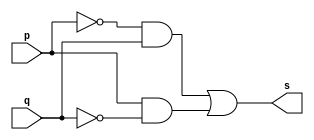
// ---------------------
// Exercicio 006 - xor
// Nome: Ailton Gomes
// ---------------------
// ---------------------
// -- xor gate
// ---------------------
module xorgate (output s,
input p,
input q);
assign s = ( (~ p ) & q )|( p & ( ~ q ) );
endmodule // xor
// ---------------------
// -- test xorgate
// ---------------------
module testxorgate;
// ------------------------- dados locais
reg a,b; // definir registrador
wire s; // definir conexao (fio)
// ------------------------- instancia
xorgate XOR1 (s, a, b);
// ------------------------- preparacao
initial begin:start
a=0; //  valores binarios
b=0; //  valores binarios
end
// ------------------------- parte principal
initial begin:main
$display("Exercicio 006 - Ailton Gomes - 440092");
$display("Test xor gate");
$display("\n ((~a) & b) | (a & (~b)) = s\n");
$monitor("%b ^ %b = %b", a, b, s);
#1 a=0; b=0; // valores decimais
#1 a=1; b=0;
#1 a=0; b=1;
#1 a=1; b=1;
end
endmodule // testxorgate